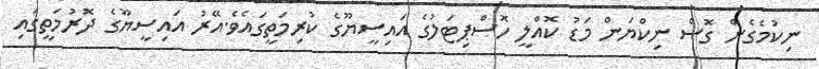
ނިކުމެގެން ގޮސް ނިކްޔަން މަޑު ކޮއްލީ ހޮސްޕިޓަލުގެ އައިސީޔޫގެ ކުރިމަތީގައެވެ.އޭރު އައިސީޔޫގެ ދޮރުމަތީގައި